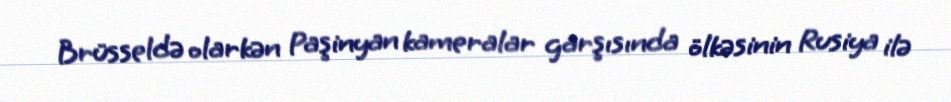
Brüsseldə olarkən Paşinyan kameralar garşısında ölkəsinin Rusiya ilə